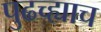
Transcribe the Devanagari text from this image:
पुढच्ह्याच